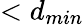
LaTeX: <d_{min}